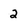
Character: 2